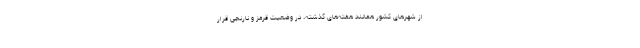
از شهرهای کشور همانند هفته‌های گذشته، در وضعیت قرمز و نارنجی قرار